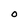
Character: O